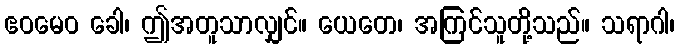
ဧဝမေဝ ခေါ၊ ဤအတူသာလျှင်။ ယေတေ၊ အကြင်သူတို့သည်။ သရာဂါ၊